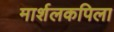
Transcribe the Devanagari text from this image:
मार्शलकपिला